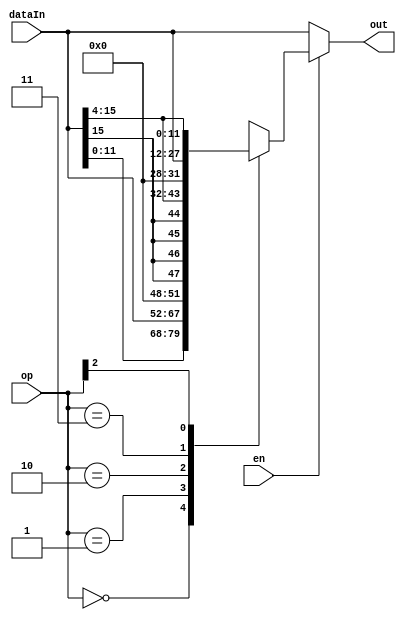
module shift4Bit(en, op, dataIn, out);
    input en;
    input [2:0] op;
    input [15:0] dataIn;
    output [15:0] out;



    // wire lsb, msb;

    reg [15:0] shiftOut;


    // assign msb = (op[0]) ? 1'b0 : dataIn[15];
    // assign lsb = (op[0]) ? 1'b0 : dataIn[12];
    // assign bit1 = (op[0]) ? 1'b0 : dataIn[13];
    // assign bit2 = (op[0]) ? 1'b0 : dataIn[14];
    // assign bit3 = (op[0]) ? 1'b0 : dataIn[15];


    // assign shiftVal[0] = (op[1]) ? dataIn[4] : lsb;
    // assign shiftVal[1] = (op[1]) ? dataIn[5] : bit1;
    // assign shiftVal[2] = (op[1]) ? dataIn[6] : bit2;
    // assign shiftVal[3] = (op[1]) ? dataIn[7] : bit3;
    // assign shiftVal[4] = (op[1]) ? dataIn[8] : dataIn[0];
    // assign shiftVal[5] = (op[1]) ? dataIn[9] : dataIn[1];
    // assign shiftVal[6] = (op[1]) ? dataIn[10] : dataIn[2];
    // assign shiftVal[7] = (op[1]) ? dataIn[11] : dataIn[3];
    // assign shiftVal[8] = (op[1]) ? dataIn[12] : dataIn[4];
    // assign shiftVal[9] = (op[1]) ? dataIn[13] : dataIn[5];
    // assign shiftVal[10] = (op[1]) ? dataIn[14] : dataIn[6];
    // assign shiftVal[11] = (op[1]) ? dataIn[15] : dataIn[7];
    // assign shiftVal[12] = (op[1]) ? msb : dataIn[8];
    // assign shiftVal[13] = (op[1]) ? msb : dataIn[9];
    // assign shiftVal[14] = (op[1]) ? msb : dataIn[10];
    // assign shiftVal[15] = (op[1]) ? msb : dataIn[11];

    // assign out  = (en) ? shiftVal : dataIn;


    always@(*) begin
        casex(op)
            3'h0:
                shiftOut = {dataIn[11:0], dataIn[15:12]};
            3'h1:
                shiftOut = {dataIn[11:0], {4{1'b0}}};
            3'h2:
                shiftOut = {{4{dataIn[15]}}, dataIn[15:4]};
            3'h3:
                shiftOut = {{4{1'b0}}, dataIn[15:4]};
            3'b1xx:
                shiftOut = {dataIn[3:0], dataIn[15:4]};

            default:
                shiftOut = dataIn;
        endcase
    end

    assign out = (en) ? shiftOut : dataIn;



endmodule